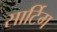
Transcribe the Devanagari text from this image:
सार्टिग